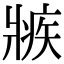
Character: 𤖏